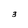
Character: 3